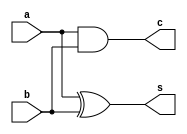
module HAd(a,b,c,s);
input a,b;
output c,s;
xor x1(s,a,b);
and a1(c,a,b);
endmodule